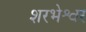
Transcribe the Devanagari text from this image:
शरभेश्वर